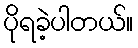
ပိုရခဲ့ပါတယ်။